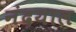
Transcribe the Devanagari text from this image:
नंदयाल